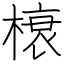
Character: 榱